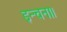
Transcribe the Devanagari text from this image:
इन्चना।